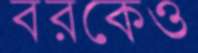
বরকেও